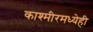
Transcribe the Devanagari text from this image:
काश्मीरमध्येही